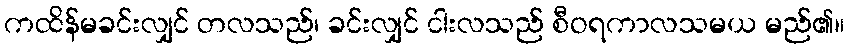
ကထိန်မခင်းလျှင် တလသည်၊ ခင်းလျှင် ငါးလသည် စီဝရကာလသမယ မည်၏။